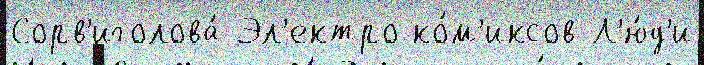
Сорв'иголова́ Эл'ектро ко́м'иксов Л'ю́д'и